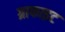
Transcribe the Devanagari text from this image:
ग्राफाइट